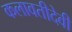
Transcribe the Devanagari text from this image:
कलावतीदेवी